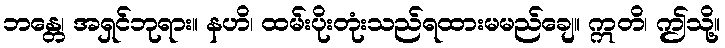
ဘန္တေ၊ အရှင်ဘုရား။ နဟိ၊ ထမ်းပိုးတုံးသည်ရထားမမည်ချေ။ ဣတိ၊ ဤသို့။